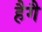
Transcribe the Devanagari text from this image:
हैगै